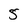
Character: 5